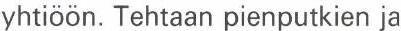
yhtiöön. Tehtaan pienputkien ja